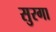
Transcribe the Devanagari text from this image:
सुरगा